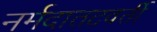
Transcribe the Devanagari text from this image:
नर्मदातटवर्ती